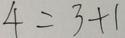
4 = 3 + 1